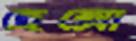
হেক্সো